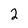
Character: 2